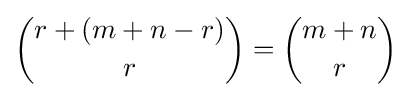
{\binom {r+(m+n-r)}{r}}={\binom {m+n}{r}}